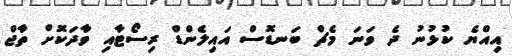
އިއްޔެ ކުޅުނު ދެ ވަނަ މެޗް ބަނޑޮސް އައިލެންޑް ރިސޯޓާއި ވާދަކޮށް ތާޖް